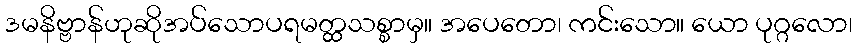
ဒမနိဗ္ဗာန်ဟုဆိုအပ်သောပရမတ္ထသစ္စာမှ။ အပေတော၊ ကင်းသော။ ယော ပုဂ္ဂလော၊